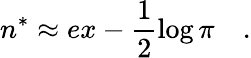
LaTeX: n^{*}\approx ex-\frac{1}{2}\log\pi\quad.